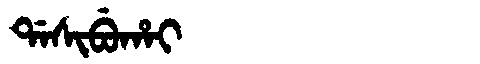
Manchu: ᡩᠠᠰᡳᠪᡠᡥᠠᡳ
Romanization: DASIBUHAI